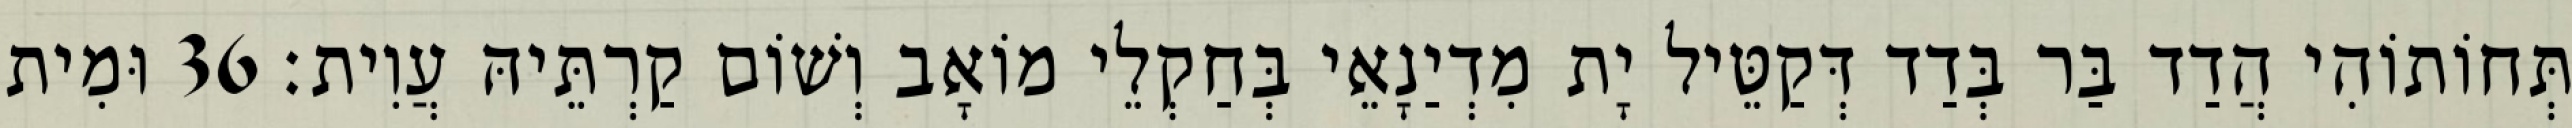
תְּחוֹתוֹהִי הֲדַד בַּר בְּדַד דְּקַטֵּיל יָת מִדְיַנָאֵי בְּחַקְלֵי מוֹאָב וְשׁוֹם קַרְתֵּיהּ עֲוִית׃ 36 וּמִית